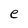
Character: e